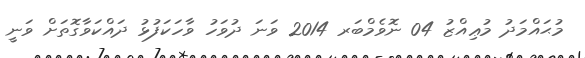
މުޙައްމަދު މުޢިއްޒު 04 ނޮވެމްބަރ 2014 ވަނަ ދުވަހު ވާހަކަފުޅު ދައްކަވާގޮތަށް ވަނީ